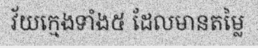
វ័យក្មេងទាំង៥ ដែលមានតម្លៃ